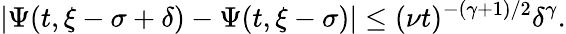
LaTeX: |\Psi(t,\xi-\sigma+\delta)-\Psi(t,\xi-\sigma)|\leq(\nu t)^{-(\gamma+1)/2}\delta^{\gamma}.